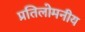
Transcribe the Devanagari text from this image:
प्रतिलोमनीय